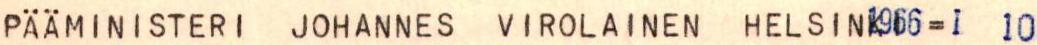
PÄÄMINISTERI JOHANNES VIROLAINEN HELSINK966=I 10